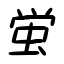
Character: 蛍